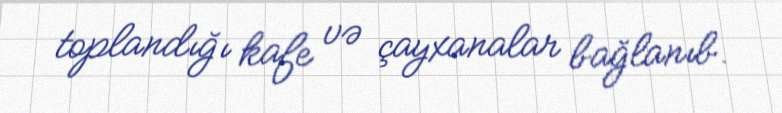
toplandığı kafe və çayxanalar bağlanıb.